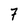
Character: 7